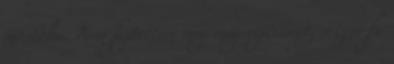
mostoha. Nem fejtettem meg még rejtvényt, s izzó fa